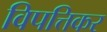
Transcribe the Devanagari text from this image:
विपत्तिकर